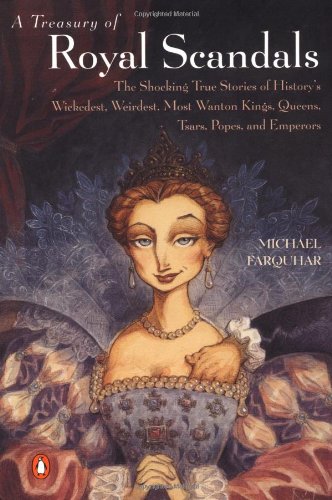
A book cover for A Treasury of Royal Scandals: The Shocking True Stories History's Wickedest, Weirdest, Most Wanton Kings, Queens, Tsars, Popes, and Emperors; Michael Farquhar; Humor & Entertainment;